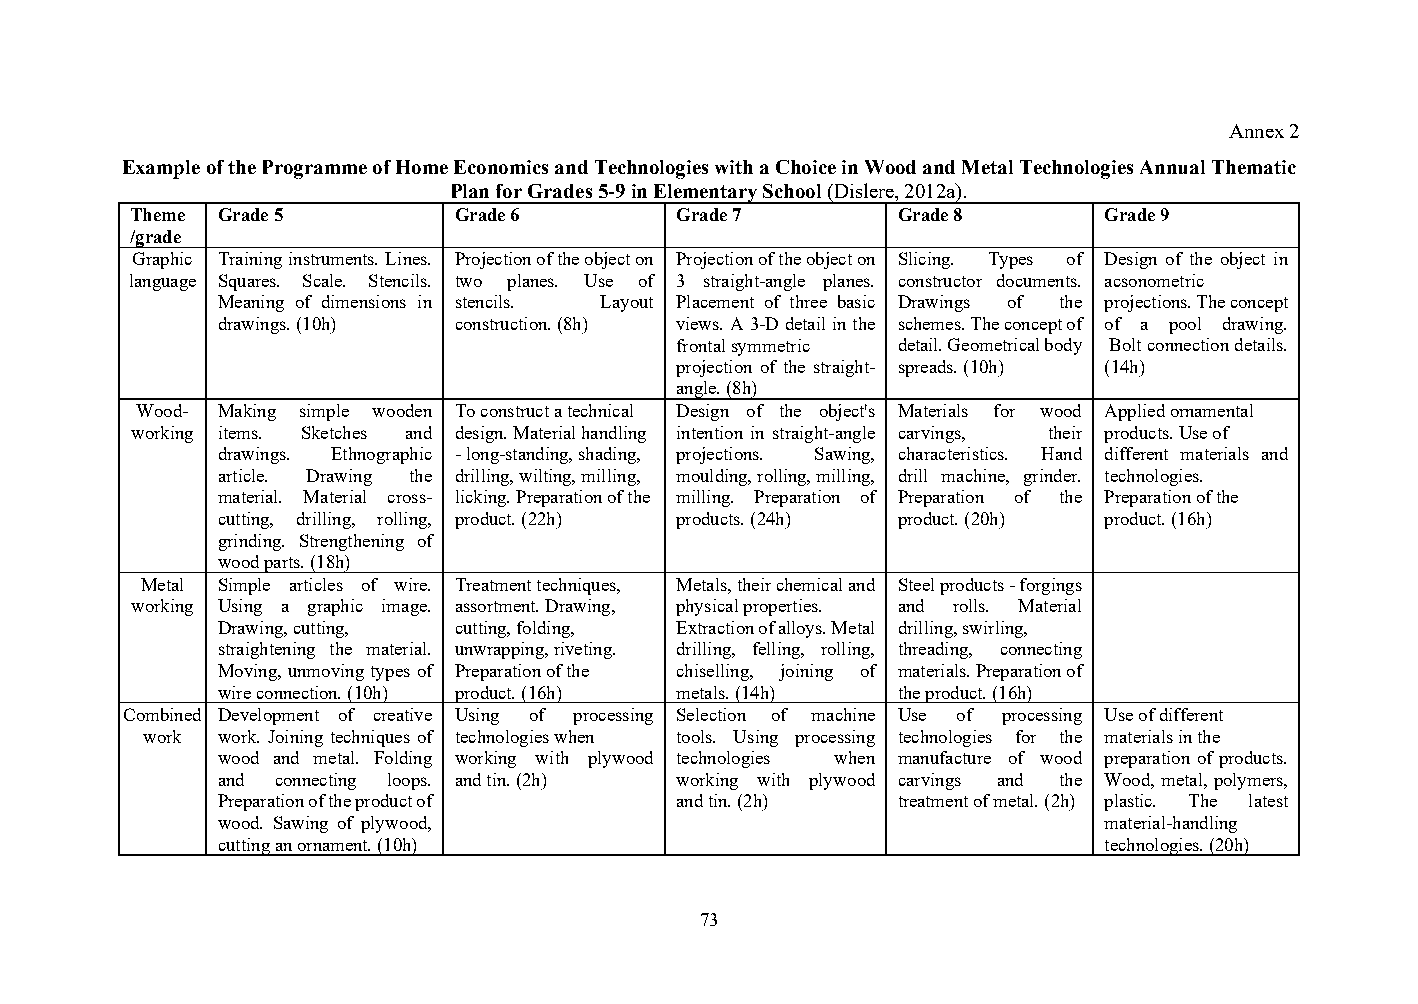
Annex 2
 Example of the Programme of Home Economics and Technologies with a Choice in Wood and Metal Technologies Annual Thematic
 Plan for Grades 5-9 in Elementary School (Dislere, 2012a).
 Theme Grade 5        Grade 6        Grade 7       Grade 8       Grade 9
 /grade
 Graphic Training instruments. Lines. Projection of the object on Projection of the object on Slicing. Types of Design of the object in
 language Squares. Scale. Stencils. two planes. Use of 3 straight-angle planes. constructor documents. acsonometric
 Meaning of dimensions in stencils. Layout Placement of three basic Drawings of the projections. The concept
 drawings. (10h) construction. (8h) views. A 3-D detail in the schemes. The concept of of a pool drawing.
 frontal symmetric detail. Geometrical body Bolt connection details.
 projection of the straight- spreads. (10h) (14h)
 angle. (8h)
 Wood- Making simple wooden To construct a technical Design of the object's Materials for wood Applied ornamental
 working items. Sketches and design. Material handling intention in straight-angle carvings, their products. Use of
 drawings. Ethnographic - long-standing, shading, projections. Sawing, characteristics. Hand different materials and
 article. Drawing the drilling, wilting, milling, moulding, rolling, milling, drill machine, grinder. technologies.
 material. Material cross- licking. Preparation of the milling. Preparation of Preparation of the Preparation of the
 cutting, drilling, rolling, product. (22h) products. (24h) product. (20h) product. (16h)
 grinding. Strengthening of
 wood parts. (18h)
 Metal Simple articles of wire. Treatment techniques, Metals, their chemical and Steel products - forgings
 working Using a graphic image. assortment. Drawing, physical properties. and rolls. Material
 Drawing, cutting, cutting, folding, Extraction of alloys. Metal drilling, swirling,
 straightening the material. unwrapping, riveting. drilling, felling, rolling, threading, connecting
 Moving, unmoving types of Preparation of the chiselling, joining of materials. Preparation of
 wire connection. (10h) product. (16h) metals. (14h) the product. (16h)
 Combined Development of creative Using of processing Selection of machine Use of processing Use of different
 work work. Joining techniques of technologies when tools. Using processing technologies for the materials in the
 wood and metal. Folding working with plywood technologies when manufacture of wood preparation of products.
 and connecting loops. and tin. (2h) working with plywood carvings and the Wood, metal, polymers,
 Preparation of the product of  and tin. (2h) treatment of metal. (2h) plastic. The latest
 wood. Sawing of plywood,                                   material-handling
 cutting an ornament. (10h)                                 technologies. (20h)
 73